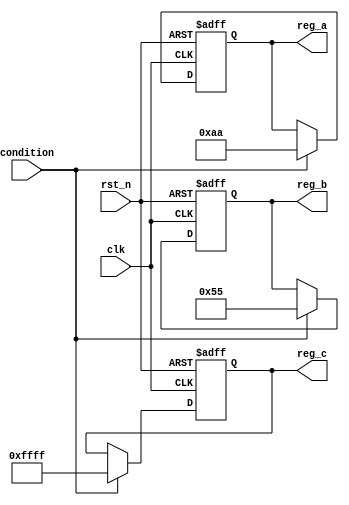
module ConditionalInitialization (
    input wire clk,            // Clock signal
    input wire rst_n,         // Active low reset signal
    input wire condition,      // Condition signal for initialization
    output reg [7:0] reg_a,    // Register A
    output reg [7:0] reg_b,    // Register B
    output reg [15:0] reg_c    // Register C
);

// Initial block to handle initialization at the start of the simulation
initial begin
    reg_a = 8'h00; // Default initialization
    reg_b = 8'h00; // Default initialization
    reg_c = 16'h0000; // Default initialization
end

// Always block to handle conditional initialization and reset behavior
always @(posedge clk or negedge rst_n) begin
    if (!rst_n) begin
        // Reset condition: Initialize registers to specific values
        reg_a <= 8'h00;   // Reset reg_a to 0
        reg_b <= 8'h10;   // Reset reg_b to a specific value (e.g., 16)
        reg_c <= 16'h1234; // Reset reg_c to a specific value (e.g., 0x1234)
    end else if (condition) begin
        // Conditional initialization based on the condition signal
        reg_a <= 8'hAA;   // Initialize reg_a to a specific value (e.g., 0xAA)
        reg_b <= 8'h55;   // Initialize reg_b to a specific value (e.g., 0x55)
        reg_c <= 16'hFFFF; // Initialize reg_c to a specific value (e.g., 0xFFFF)
    end
end

endmodule